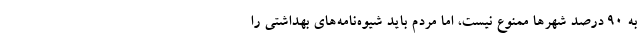
به ۹۰ درصد شهرها ممنوع نیست، اما مردم باید شیوه‌نامه‌های بهداشتی را